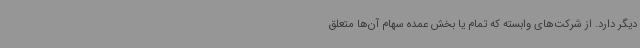
دیگر دارد. از شرکت‌های وابسته که تمام یا بخش عمده سهام آن‌ها متعلق